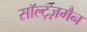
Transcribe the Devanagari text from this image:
सॉल्ट्ज़मैन